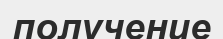
получение